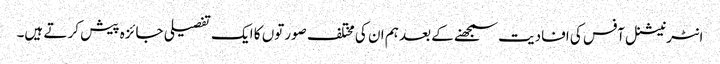
انٹرنیشنل آفس کی افادیت سمجھنے کے بعد ہم ان کی مختلف صورتوں کا ایک تفصیلی جائزہ پیش کر تے ہیں۔